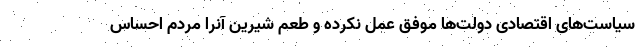
سیاست‌های اقتصادی دولت‌ها موفق عمل نکرده و طعم شیرین آنرا مردم احساس